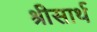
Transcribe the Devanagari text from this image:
श्रीसार्थ